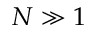
N \gg 1